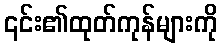
၎င်း၏ထုတ်ကုန်များကို